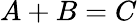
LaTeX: A+B=C